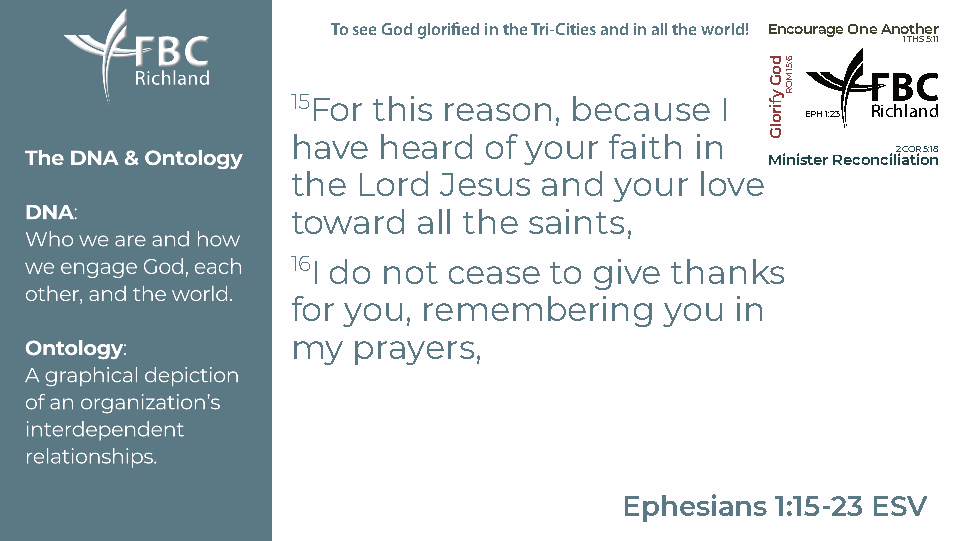
ToseeGodglorifiedintheTri-Citiesandinalltheworld! EncourageOneAnother
 1THS5:11
 15For this reason, because   I
 Richland
 EPH1:23
 have  heard  of your faith in
 2COR5:18
 MinisterReconciliation
 the  Lord Jesus  and  your love
 toward   all the saints,
 16I do not cease to give thanks
 for you, remembering     you  in
 my  prayers,
 Ephesians 1:15-23 ESV
 doGyfirolG 6:51MOR